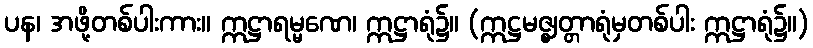
ပန၊ အဖို့တစ်ပါးကား။ ဣဋ္ဌာရမ္မဏေ၊ ဣဋ္ဌာရုံ၌။ (ဣဋ္ဌမဇ္ဈတ္တာရုံမှတစ်ပါး ဣဋ္ဌာရုံ၌။)